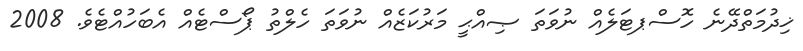
ޚިދުމަތްދޭނެ ހޮސްޕޓަލެއް ނުވަތަ ޞިއްޙީ މަރުކަޒެއް ނުވަތަ ހެލްތު ޕޯސްޓެއް އެބަހުއްޓެވެ. 2008